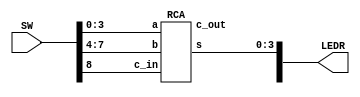

//test RCA
module part2(SW, LEDR);
		input [9:0] SW;
 		output [9:0] LEDR;
			RCA u1(SW[3:0], SW[7:4], SW[8], LEDR[3:0], LEDR[9:6]);
endmodule

//defination for full adder
module FA(a, b, cin, s, cout);
		input a, b, cin;
		output s, cout;
			assign s = cin ^ a ^ b;
			assign cout = (a&b) | (cin&a) | (cin&b);
endmodule

//definition for ripple carry adder; top module that connect everthing together
module RCA(a, b, c_in, s, c_out);
		input [3:0] a, b;
		input c_in;
		output [3:0] s;
		output [3:0] c_out;
		wire c1, c2, c3;
			FA bit0 (a[0], b[0], c_in, s[0], c1);
			FA bit1 (a[1], b[1], c1, s[1], c2);
			FA bit2 (a[2], b[2], c2, s[2], c3);
			FA bit3 (a[3], b[3], c3, s[3], c_out[3]);
		assign c_out[0] = c1;
		assign c_out[1] = c2;
		assign c_out[2] = c3;
endmodule